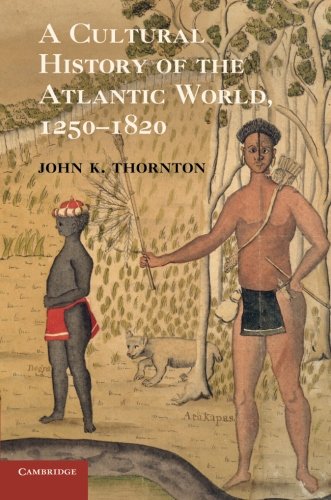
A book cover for A Cultural History of the Atlantic World, 1250-1820; John K. Thornton; History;